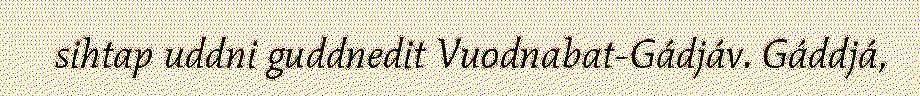
sihtap uddni guddnedit Vuodnabat-Gádjáv. Gáddjá,